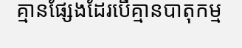
គ្មានផ្សែងដែរបើគ្មានបាតុកម្ម